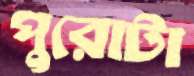
পুরোটা